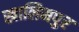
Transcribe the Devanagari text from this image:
खालिमपुर